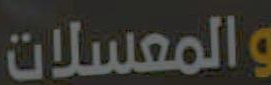
والمعسلات